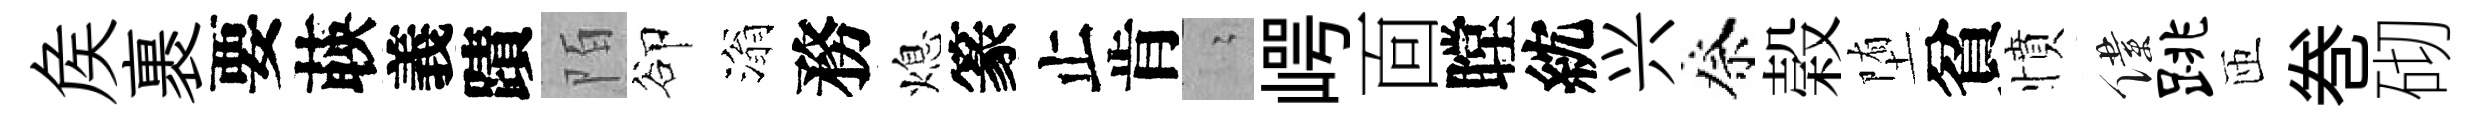
矦裹要𦴤義蹟陌卻滃務熄篆止肯隐崿靣瞠紞兴祭榖堕貧憤僕跳匝巻砌